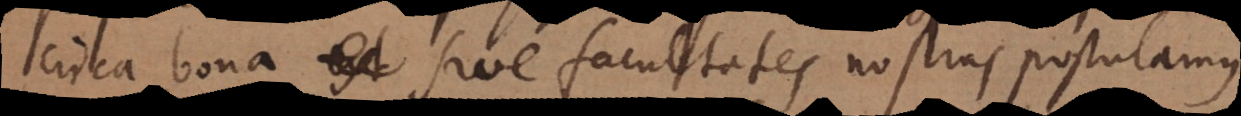
circa bona sive facultates nostras postulamus